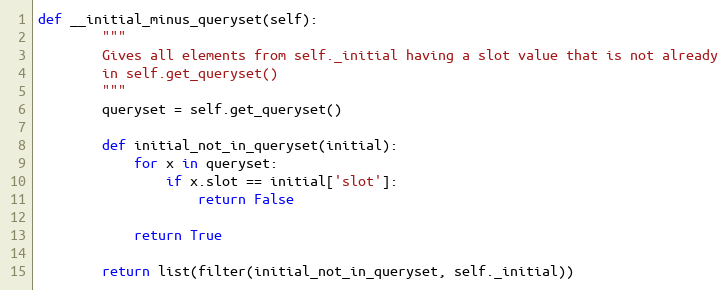
Language: Python
def __initial_minus_queryset(self):
        """
        Gives all elements from self._initial having a slot value that is not already
        in self.get_queryset()
        """
        queryset = self.get_queryset()

        def initial_not_in_queryset(initial):
            for x in queryset:
                if x.slot == initial['slot']:
                    return False

            return True

        return list(filter(initial_not_in_queryset, self._initial))